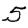
Digit: 5